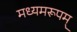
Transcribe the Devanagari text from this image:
मध्यमरूपम्